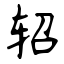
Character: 轺